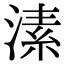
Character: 溸